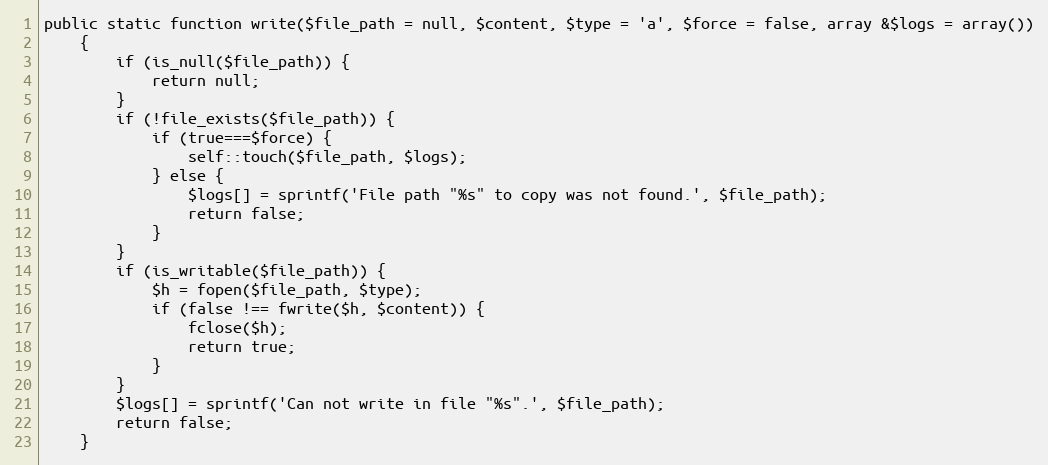
Language: PHP
public static function write($file_path = null, $content, $type = 'a', $force = false, array &$logs = array())
    {
        if (is_null($file_path)) {
            return null;
        }
        if (!file_exists($file_path)) {
            if (true===$force) {
                self::touch($file_path, $logs);
            } else {
                $logs[] = sprintf('File path "%s" to copy was not found.', $file_path);
                return false;
            }
        }
        if (is_writable($file_path)) {
            $h = fopen($file_path, $type);
            if (false !== fwrite($h, $content)) {
                fclose($h);
                return true;
            }
        }
        $logs[] = sprintf('Can not write in file "%s".', $file_path);
        return false;
    }